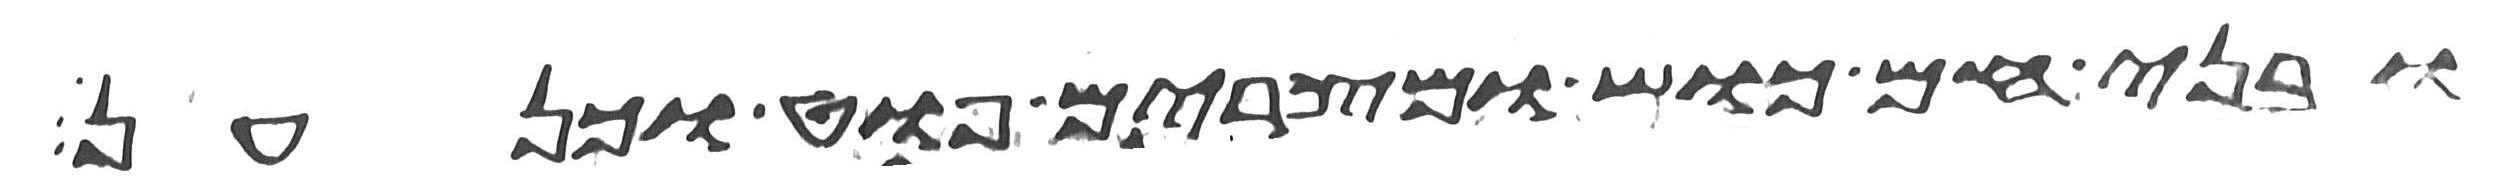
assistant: ובני חם כוש ומצרים פוט וכנען